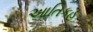
આતિકહ